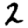
Digit: 2